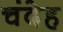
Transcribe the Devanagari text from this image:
चंदेह